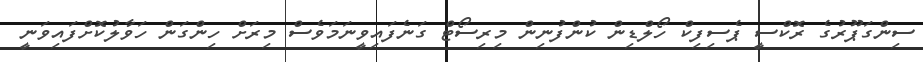
ސިންގަޕޫރުގެ ރޮކްސީ ޕެސިފިކް ހޯލްޑިން ކުންފުނިން މިރިސޯޓް ގަނެފައިވީނަމަވެސް މިރަށް ހިންގަން ހަވާލުކޮށްފައިވަނީ